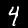
Digit: 4